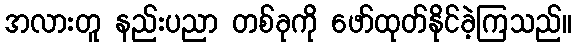
အလားတူ နည်းပညာ တစ်ခုကို ဖော်ထုတ်နိုင်ခဲ့ကြသည်။